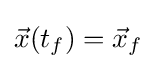
{\vec {x}}(t_{f})={\vec {x}}_{f}